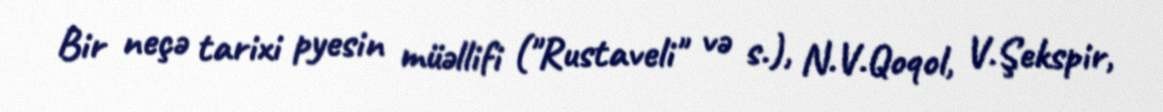
Bir neçə tarixi pyesin müəllifi ("Rustaveli" və s.), N.V.Qoqol, V.Şekspir,